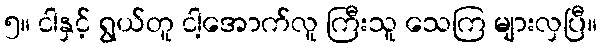
၅။ ငါနှင့် ရွယ်တူ ငါ့အောက်လူ ကြီးသူ သေကြ များလှပြီ။